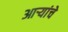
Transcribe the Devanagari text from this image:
आर्‍यांचे